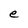
Character: e